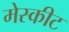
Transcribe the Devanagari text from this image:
मेस्कीट